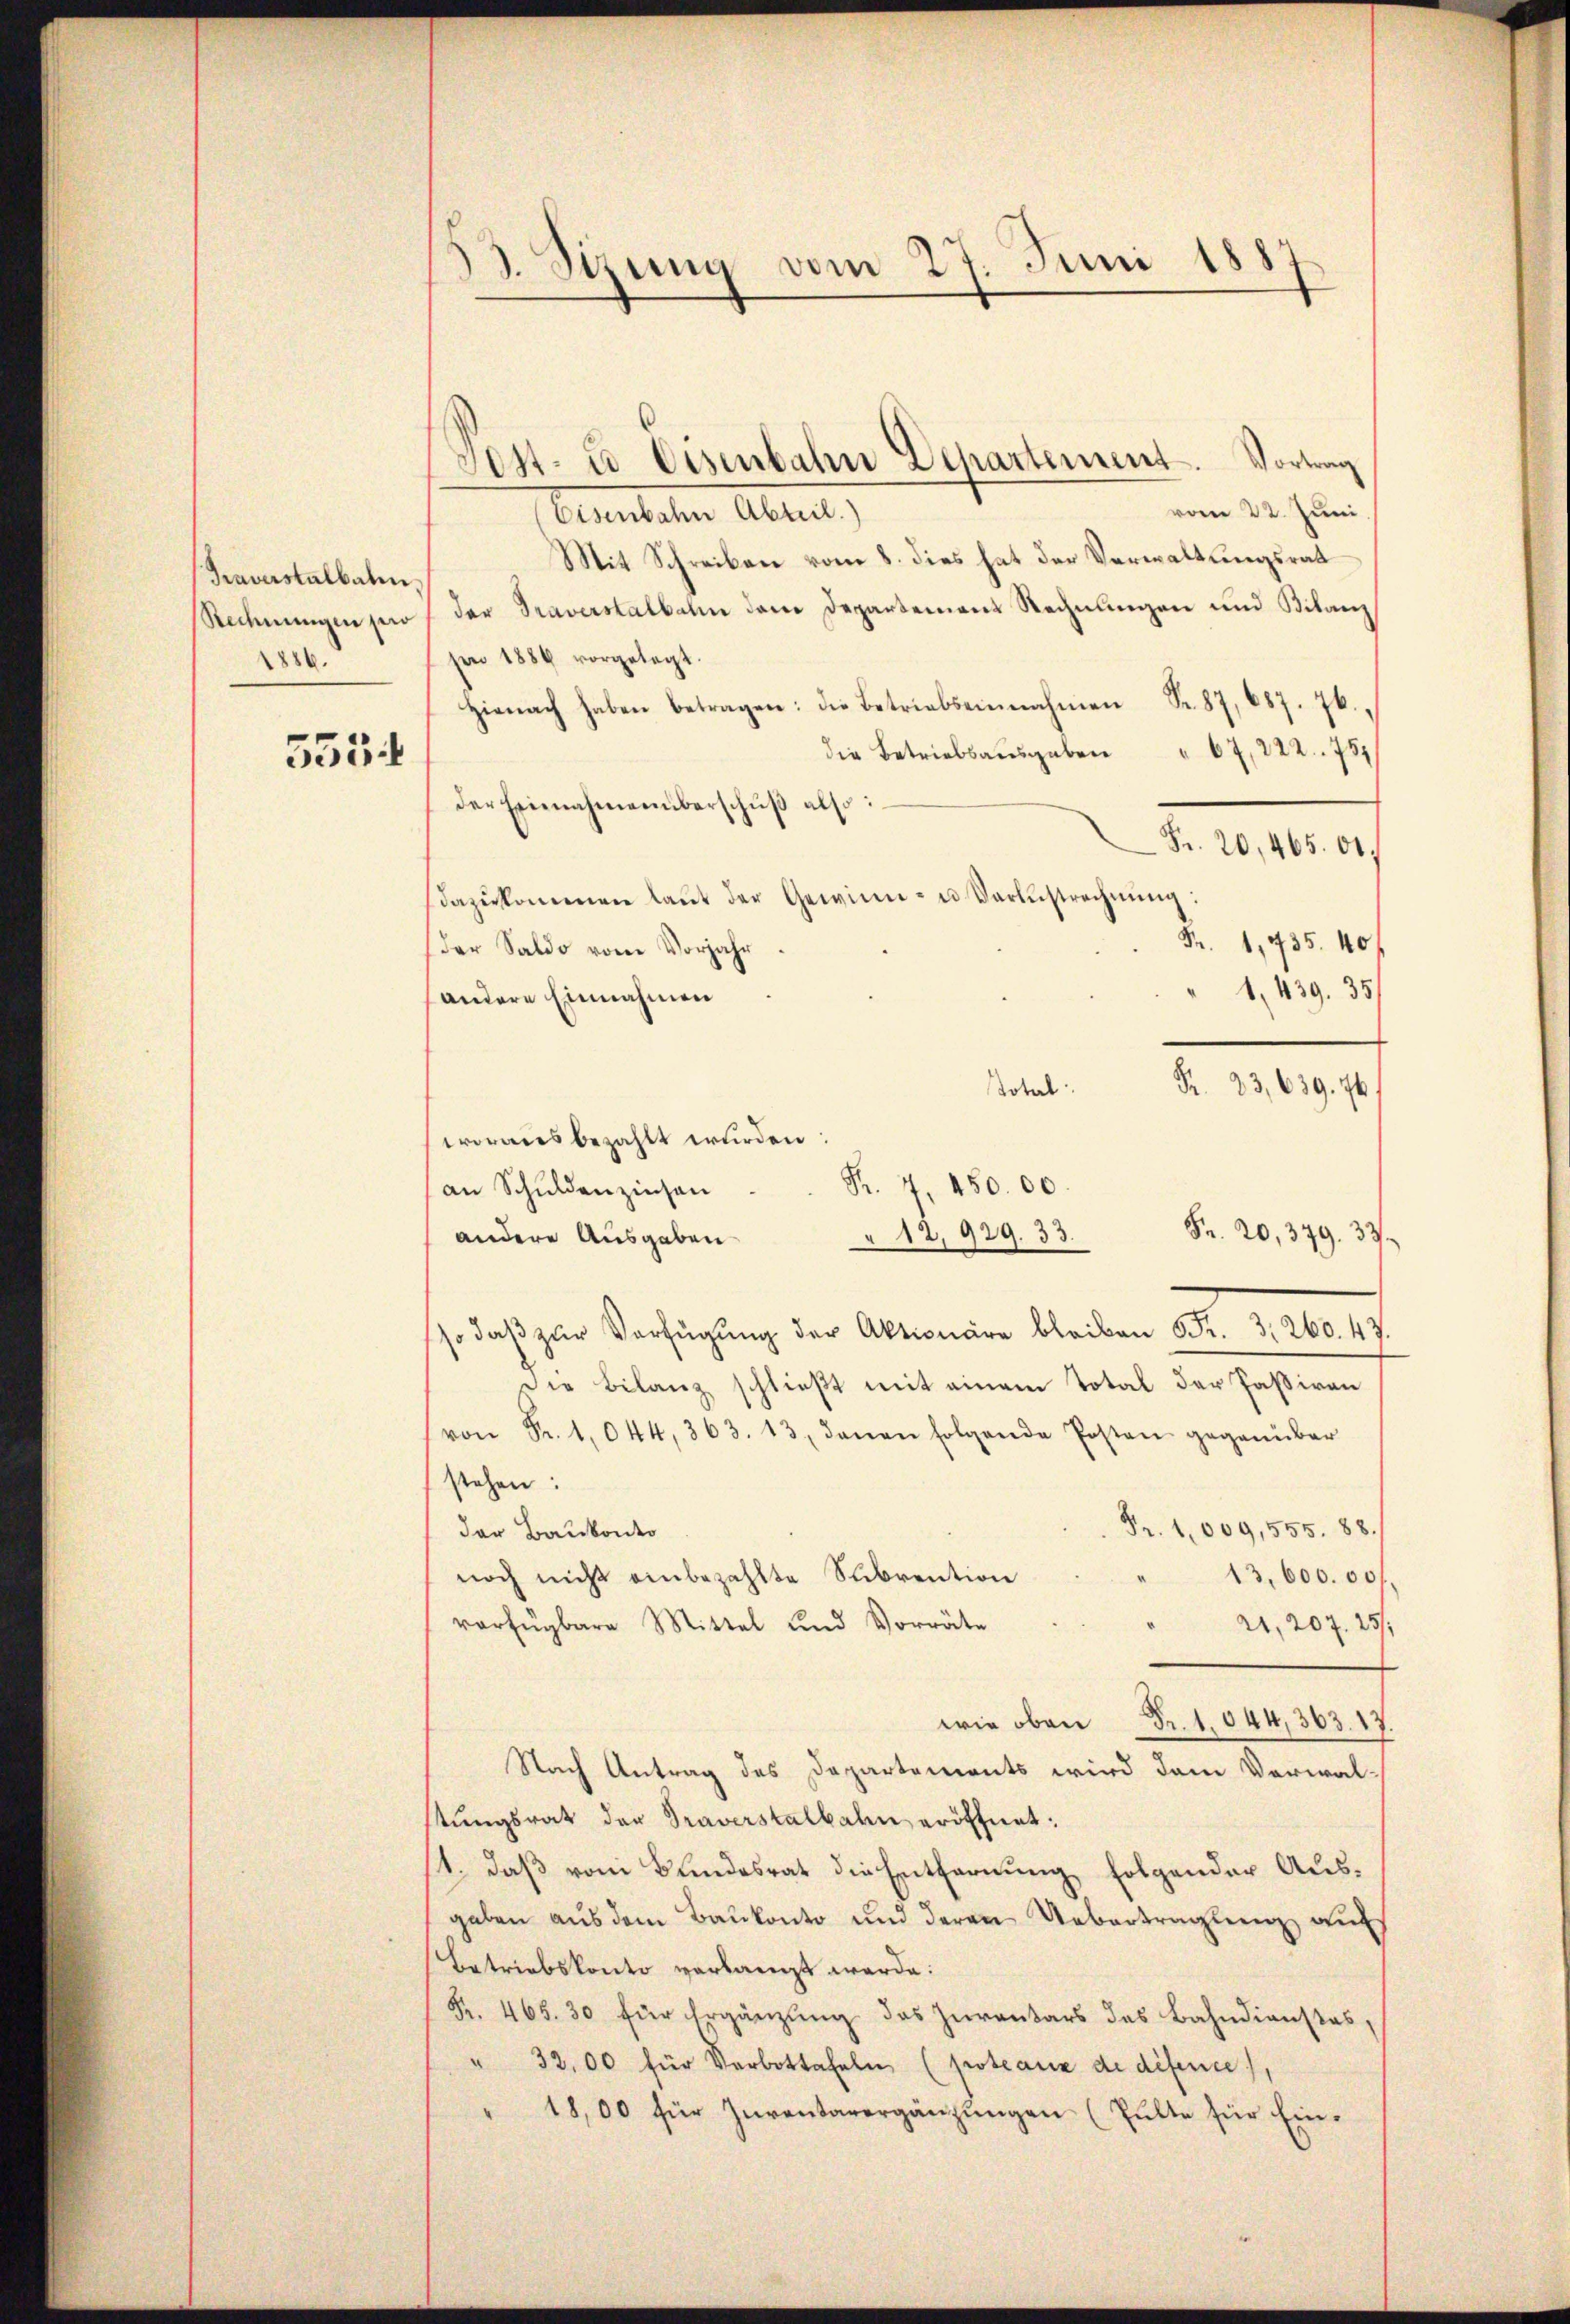
Traverstalbalen.
Rechnungen pro
1886.

535

3. Stung vom 27. Juni 188.

Vost- u. Eisenbahn Departement. Vortrag
vom 22. Juni
earteten Abteil,
Mit Schreiben vom 8. dies hat der Verwaltungsrat
der Traverstalbahn dem Departement Rechnungen und Bilanz
sen 1884 vorgelegt.
Hienach haben betragen: die Betriebseinnahmen Fr. 87, 687. 76,
die Betriebsaŭsgaben " 67, 222. 757
der Einnahmenüberschuß also:
Fr. 20, 465. 61.
dazŭkommen laŭt der Gewinn- u Varestrechnŭng:
Fr. 1, 735. 40
(der Saldo vom Vorjahr
1, 439. 35
(andere Einnahmen
Fr. 23,639. 76.
Total
woraus bezahlt wurden:
an Schuldenzinsen
Fr. 20, 379. 33
"12,929. 33.
andere Ausgaben
 daβ zŭr Verfügung der Aktionäre bleiben Fr. 3. 260. 49.
Die Bilanz schließt mit einem Total der Paßiven
von Fr. 1044, 363. 13, denen folgende Posten gegenüber
stehen:
Fr. 1009,555. 88./
der Baukonto
noch nicht einbezahlte Subvention
13,600. 00f
verfügbare Mittel und Vorräte
21, 207. 25/
wie oben Fr. 1044,363. 13
Nach Antrag des Departements wird dem Verwal-
stungsrat der Traverstalbahn eröffnet:
11. daß vom Bundesrat die Entfernung folgender Ausgaben aus dem Baukonto und deren Uebertragung auf
Betriebskonto verlangt werde.
Fr. 465. 30 für Ergänzung des Jurantars des Bahndienstes,
" 3200 für Verbottafeln (proteaux de diferie
18,00 für Inventarergänzŭngen (Fulte für Ein-

R. 7. 450. 00.